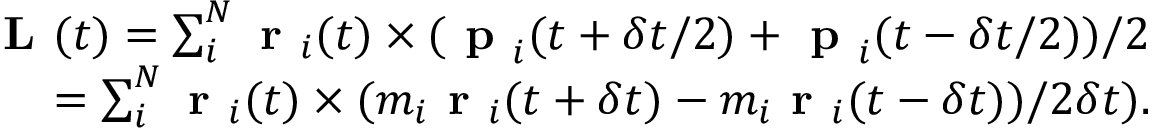
\begin{array} { r } { \textbf { L } ( t ) = \sum _ { i } ^ { N } \textbf { r } _ { i } ( t ) \times ( \textbf { p } _ { i } ( t + \delta t / 2 ) + \textbf { p } _ { i } ( t - \delta t / 2 ) ) / 2 } \\ { = \sum _ { i } ^ { N } \textbf { r } _ { i } ( t ) \times ( m _ { i } \textbf { r } _ { i } ( t + \delta t ) - m _ { i } \textbf { r } _ { i } ( t - \delta t ) ) / 2 \delta t ) . } \end{array}